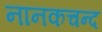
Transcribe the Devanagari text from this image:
नानकचन्द